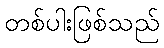
တစ်ပါးဖြစ်သည်